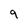
Character: 9